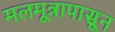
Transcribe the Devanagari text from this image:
मलमूत्रापासून